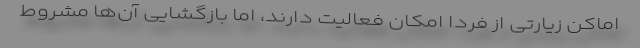
اماکن زیارتی از فردا امکان فعالیت دارند، اما بازگشایی آن‌ها مشروط